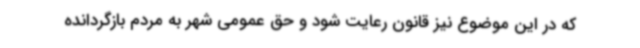
که در این موضوع نیز قانون رعایت شود و حق عمومی شهر به مردم بازگردانده